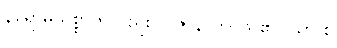
နိရောဓသစ္စာကိုလည်း။ ပဇာနာတိ၊ သိ၏။ ယာ စ